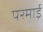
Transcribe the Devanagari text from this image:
परमाई